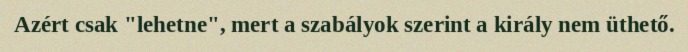
Azért csak "lehetne", mert a szabályok szerint a király nem üthető.